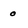
Character: 0